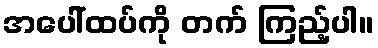
အပေါ်ထပ်ကို တက် ကြည့်ပါ။